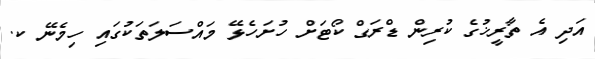
އަދި އެ ތާރީޚުގެ ކުރިން ޑްރަގް ކޯޓަށް ހުށަހެޅޭ މައްސަލަތަކުގައި ހިމެނޭ ކ.